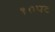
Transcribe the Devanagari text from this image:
१०पट